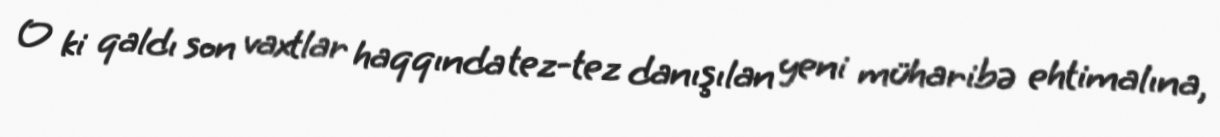
O ki qaldı son vaxtlar haqqında tez-tez danışılan yeni müharibə ehtimalına,